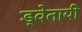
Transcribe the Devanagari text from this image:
ड्वेतायी